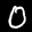
Label: 0